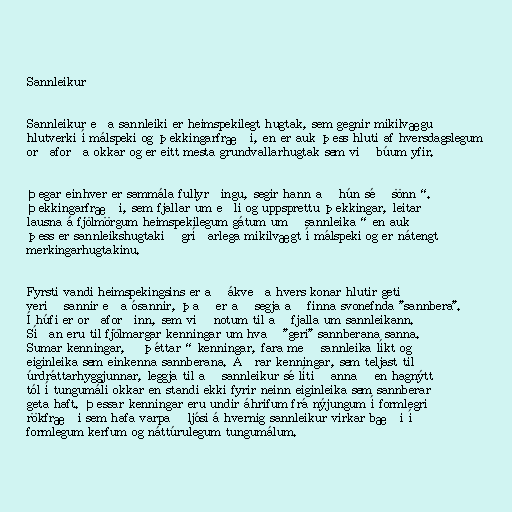
Sannleikur

Sannleikur eða sannleiki er heimspekilegt hugtak, sem gegnir mikilvægu
hlutverki í málspeki og þekkingarfræði, en er auk þess hluti af hversdagslegum
orðaforða okkar og er eitt mesta grundvallarhugtak sem við búum yfir.

Þegar einhver er sammála fullyrðingu, segir hann að hún sé „sönn“.
Þekkingarfræði, sem fjallar um eðli og uppsprettu þekkingar, leitar
lausna á fjölmörgum heimspekilegum gátum um „sannleika“ en auk
þess er sannleikshugtakið gríðarlega mikilvægt í málspeki og er nátengt
merkingarhugtakinu.

Fyrsti vandi heimspekingsins er að ákveða hvers konar hlutir geti
verið sannir eða ósannir, það er að segja að finna svonefnda "sannbera".
Í húfi er orðaforðinn, sem við notum til að fjalla um sannleikann.
Síðan eru til fjölmargar kenningar um hvað "geri" sannberana sanna.
Sumar kenningar, „þéttar“ kenningar, fara með sannleika líkt og
eiginleika sem einkenna sannberana. Aðrar kenningar, sem teljast til
úrdráttarhyggjunnar, leggja til að sannleikur sé lítið annað en hagnýtt
tól í tungumáli okkar en standi ekki fyrir neinn eiginleika sem sannberar
geta haft. Þessar kenningar eru undir áhrifum frá nýjungum í formlegri
rökfræði sem hafa varpað ljósi á hvernig sannleikur virkar bæði í
formlegum kerfum og náttúrulegum tungumálum.